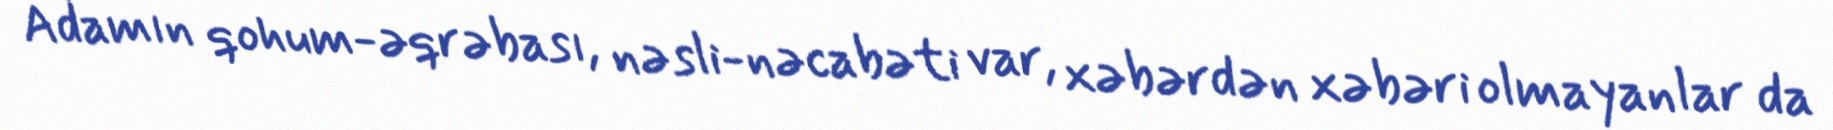
Adamın qohum-əqrəbası, nəsli-nəcabəti var, xəbərdən xəbəri olmayanlar da